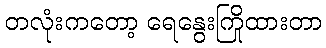
တလုံးကတော့ ရေနွေးကြိုထားတာ